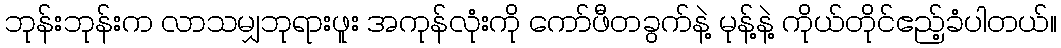
ဘုန်းဘုန်းက လာသမျှဘုရားဖူး အကုန်လုံးကို ကော်ဖီတခွက်နဲ့ မုန့်နဲ့ ကိုယ်တိုင်ဧည့်ခံပါတယ်။